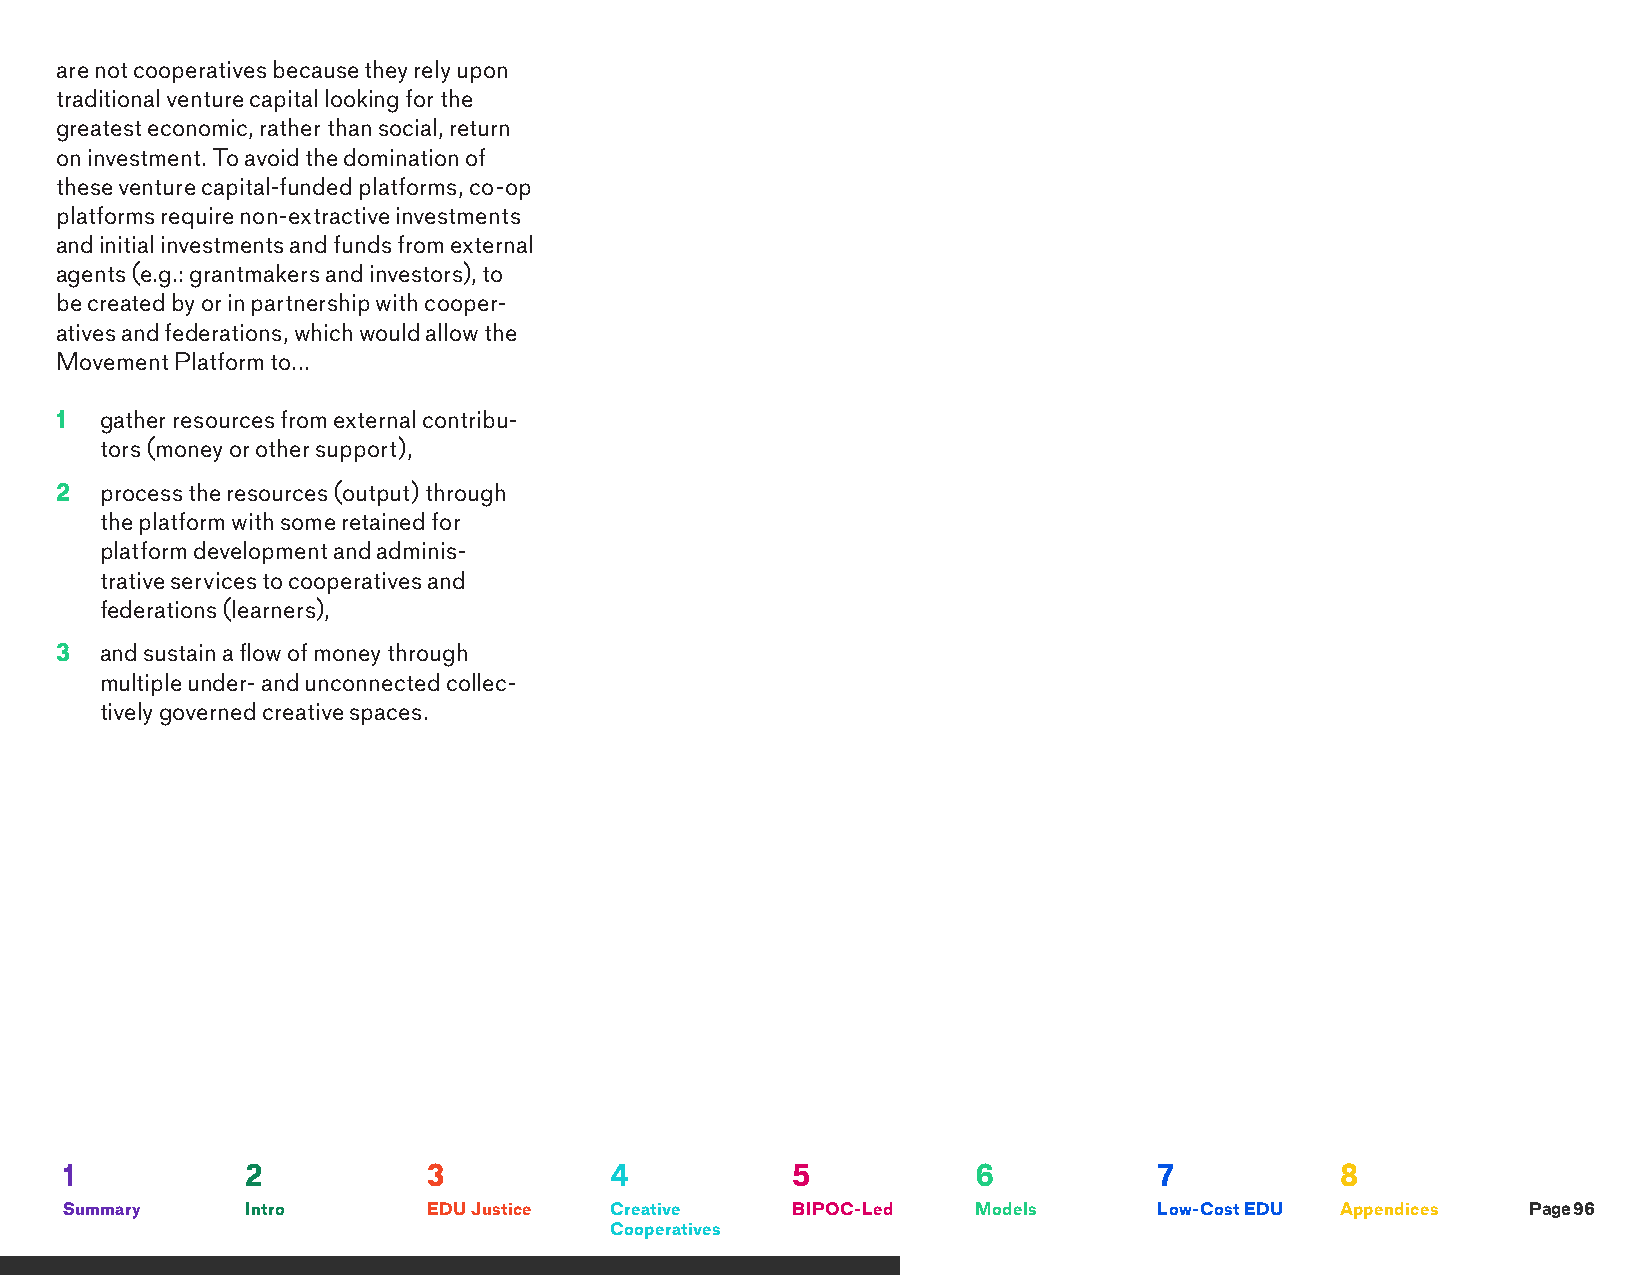
are not cooperatives because they rely upon
 traditional venture capital looking for the
 greatest economic, rather than social, return
 on investment. To avoid the domination of
 these venture capital-funded platforms, co-op
 platforms require non-extractive investments
 and initial investments and funds from external
 agents (e.g.: grantmakers and investors), to
 be created by or in partnership with cooper-
 atives and federations, which would allow the
 Movement Platform to...
 1  gather resources from external contribu-
 tors (money or other support),
 2  process the resources (output) through
 the platform with some retained for
 platform development and adminis-
 trative services to cooperatives and
 federations (learners),
 3  and sustain a flow of money through
 multiple under- and unconnected collec-
 tively governed creative spaces.
 1           2           3           4           5            6           7           8
 Summary     Intro       EDU Justice Creative    BIPOC-Led    Models      Low-Cost EDU Appendices Page 96
 Cooperatives